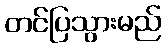
တင်ပြသွားမည်